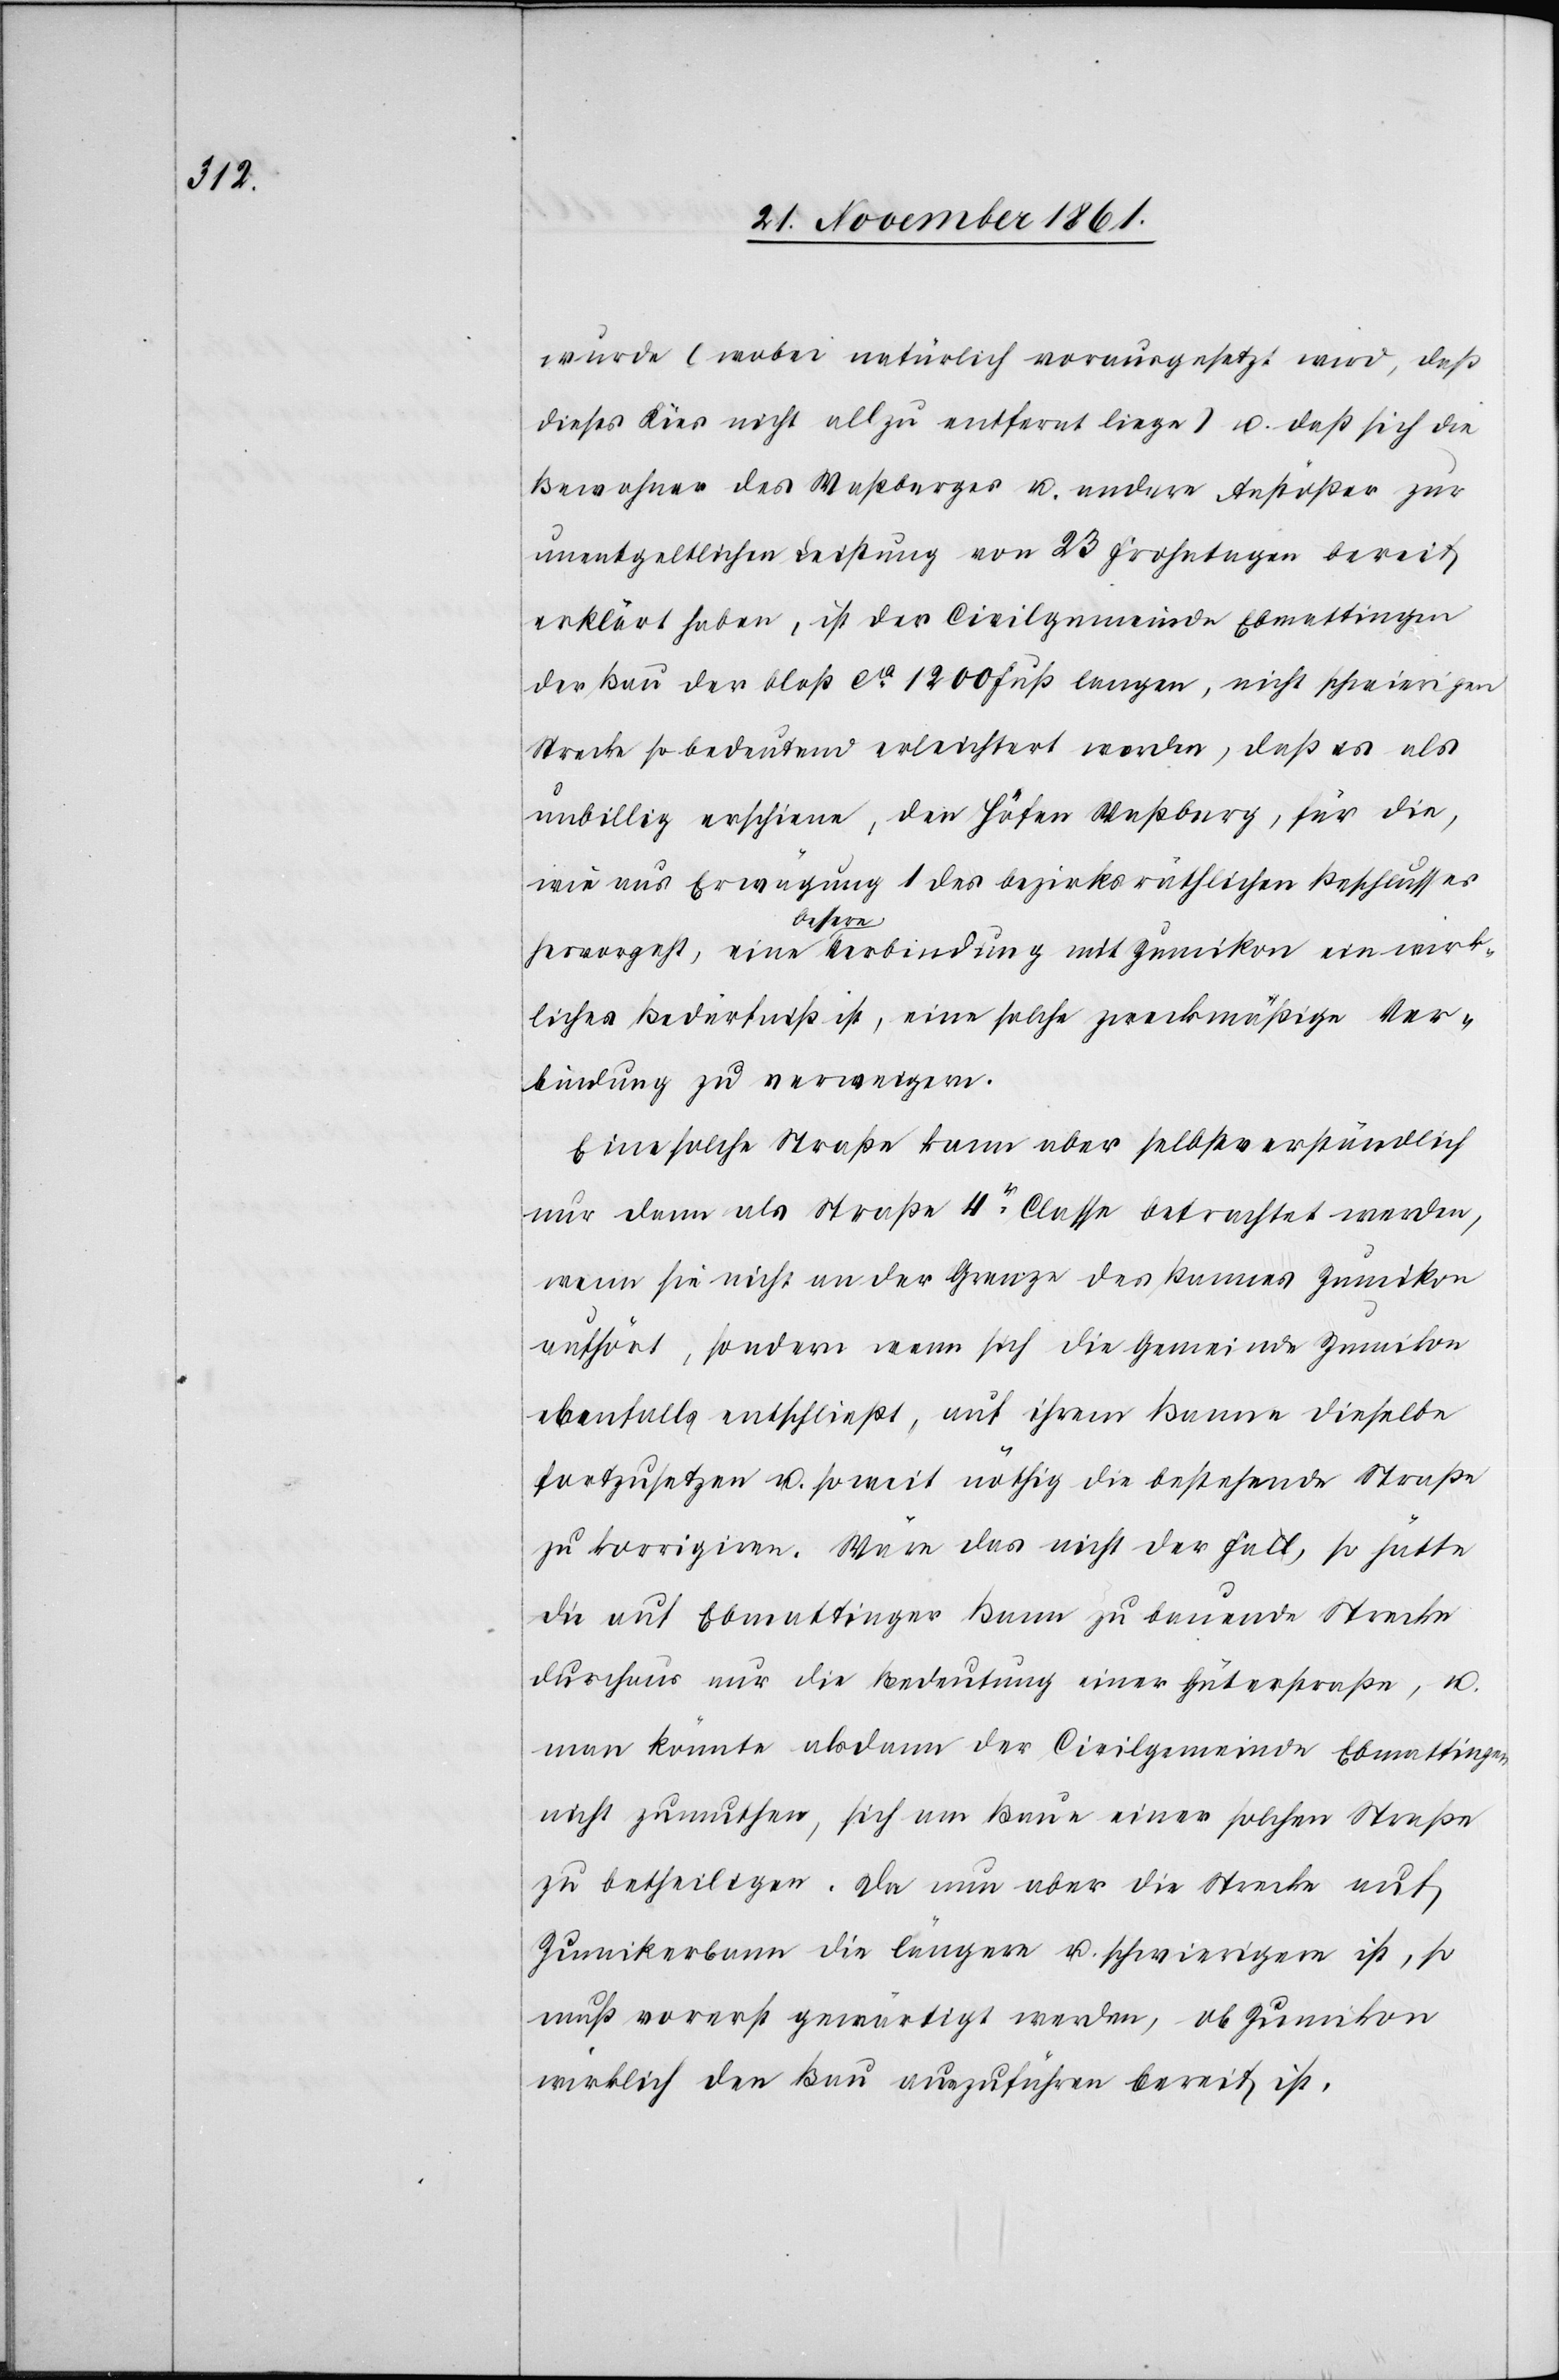
wurde (wobei natürlich vorausgesetzt wird, daß
dieses Kies nicht allzu entfernt liege) u. daß sich die
Bewohner des Waßberges u. andere Anstößer zur
unentgeltlichen Leistung von 23 Frohntagen bereit
erklärt haben, ist der Civilgemeinde Ebmattingen
der Bau der bloß ca 1200 Fuß langen, nicht schwierigen
Strecke so bedeutend erleichtert worden, daß es als
unbillig erschiene, den Höfen Waßberg, für die,
wie aus Erwägung 1 des bezirksräthlichen Beschlusses
hervorgeht, eine bessere Verbindung mit Zumikon ein wirk¬
liches Bedürfniß ist, eine solche zweckmäßige Ver¬
bindung zu verweigern.
Eine solche Straße kann aber selbstverständlich
nur dann als Straße 4r Classe betrachtet werden,
wenn sie nicht an der Grenze des Bannes Zumikon
aufhört, sondern wenn sich die Gemeinde Zumikon
ebenfalls entschließt, auf ihrem Banne dieselbe
fortzusetzen u. soweit nöthig die bestehende Straße
zu korrigiren. Wäre das nicht Fall, so hätte
die auf Ebmattinger Bann zu bauende Strecke
durchaus nur die Bedeutung einer Güterstraße, u.
man könnte alsdann der Civilgemeinde Ebmattingen
nicht zumuthen, sich am Baue einer solchen Straße
zu betheiligen. Da nun aber die Strecke auf
Zumikonerbanne die längere u. schwierigere ist, so
muß vorerst gewärtigt werden, ob Zumikon
wirklich den Bau auszuführen bereit ist.